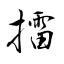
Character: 擂